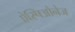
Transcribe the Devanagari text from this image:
ऐस्पिओनेज